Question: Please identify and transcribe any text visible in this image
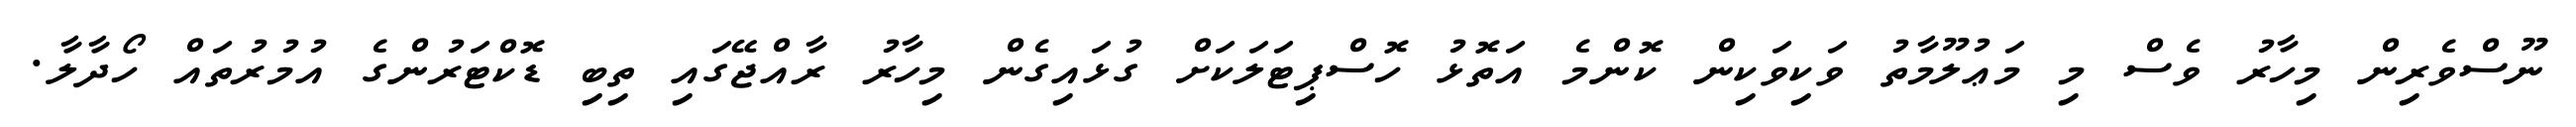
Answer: ނޫސްވެރިން މިހާރު ވެސް މި މަޢުލޫމާތު ވަކިވަކިން ކޮންމެ އަތޮޅު ހޮސްޕިޓަލަކަށް ގުޅައިގެން މިހާރު ރާއްޖޭގައި ތިބި ޑޮކްޓަރުންގެ އުމުރުތައް ހޯދާލާ.